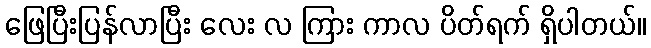
ဖြေပြီးပြန်လာပြီး လေး လ ကြား ကာလ ပိတ်ရက် ရှိပါတယ်။